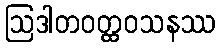
ဩဒါတဝတ္ထဝသနဿ